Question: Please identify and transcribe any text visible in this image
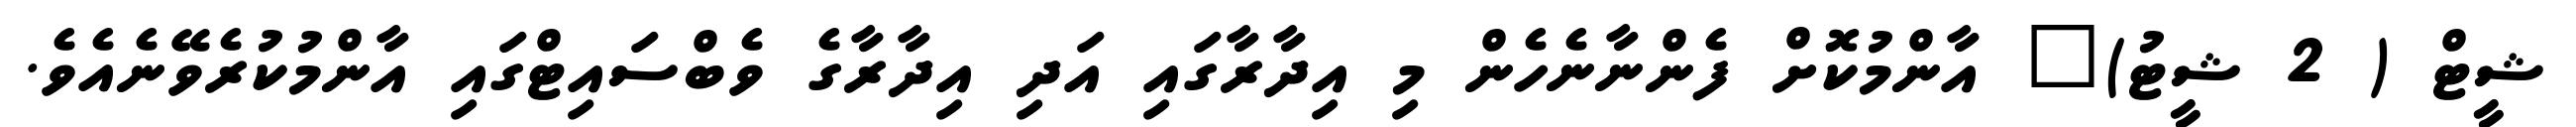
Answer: ޝީޓް ( 2 ޝީޓު)" އާންމުކޮށް ފެންނާނެހެން މި އިދާރާގައި އަދި އިދާރާގެ ވެބްސައިޓްގައި އާންމުކުރެވޭނެއެވެ.